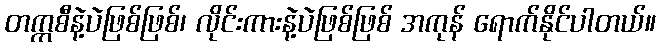
တက္ကစီနဲ့ပဲဖြစ်ဖြစ်၊ လိုင်းကားနဲ့ပဲဖြစ်ဖြစ် အကုန် ရောက်နိုင်ပါတယ်။